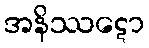
အနိဿဋော